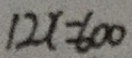
1 2 x = 6 0 0